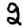
Digit: 2